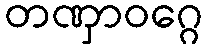
တဏှာဝဂ္ဂေ